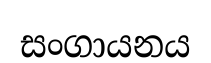
සංගායනය